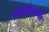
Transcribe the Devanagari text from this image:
वंगभंगची